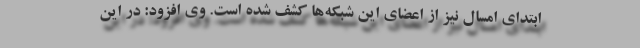
ابتدای امسال نیز از اعضای این شبکه‌ها کشف شده است. وی افزود: در این